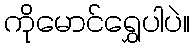
ကိုမောင်ရွှေပါပဲ။